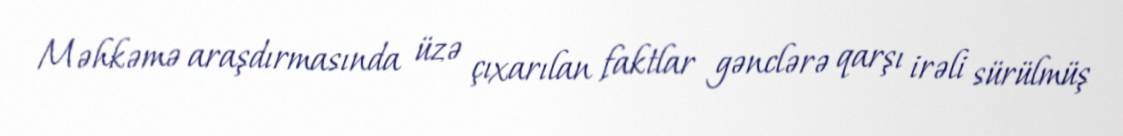
Məhkəmə araşdırmasında üzə çıxarılan faktlar gənclərə qarşı irəli sürülmüş